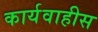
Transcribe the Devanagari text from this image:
कार्यवाहीस